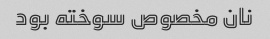
نان مخصوص سوخته بود